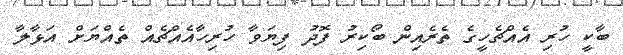
ބާކީ ހުރި އެއްޗެހީގެ ތެރެއިން ބޯކިރު ފޮދު ފިޔަވާ ހުރިހާއެއްޗެއް ތެއްޔަށް އަޅާލާ